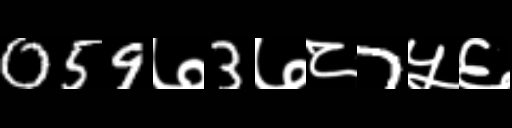
Text: 059७3७८7५६